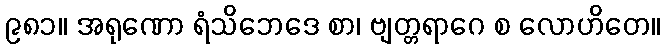
၉၈၁။ အရုဏော ရံသိဘေဒေ စာ၊ ဗျတ္တရာဂေ စ လောဟိတေ။